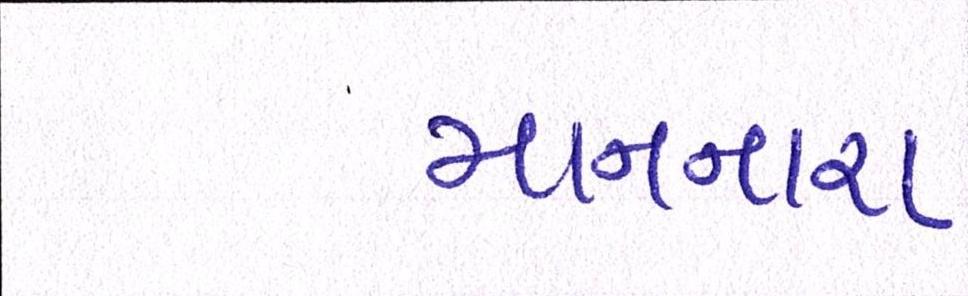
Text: માનનારા